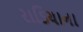
રાડિયાના